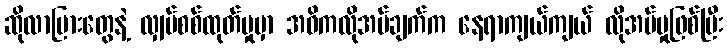
ဆိုလာပြားတွေနဲ့ လျှပ်စစ်ထုတ်မှုမှာ အဓိကလိုအပ်ချက်က နေရာကျယ်ကျယ် လိုအပ်မှုဖြစ်ပြီး